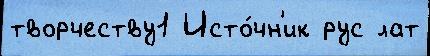
творчеству1 Исто́чн'ик рус лат